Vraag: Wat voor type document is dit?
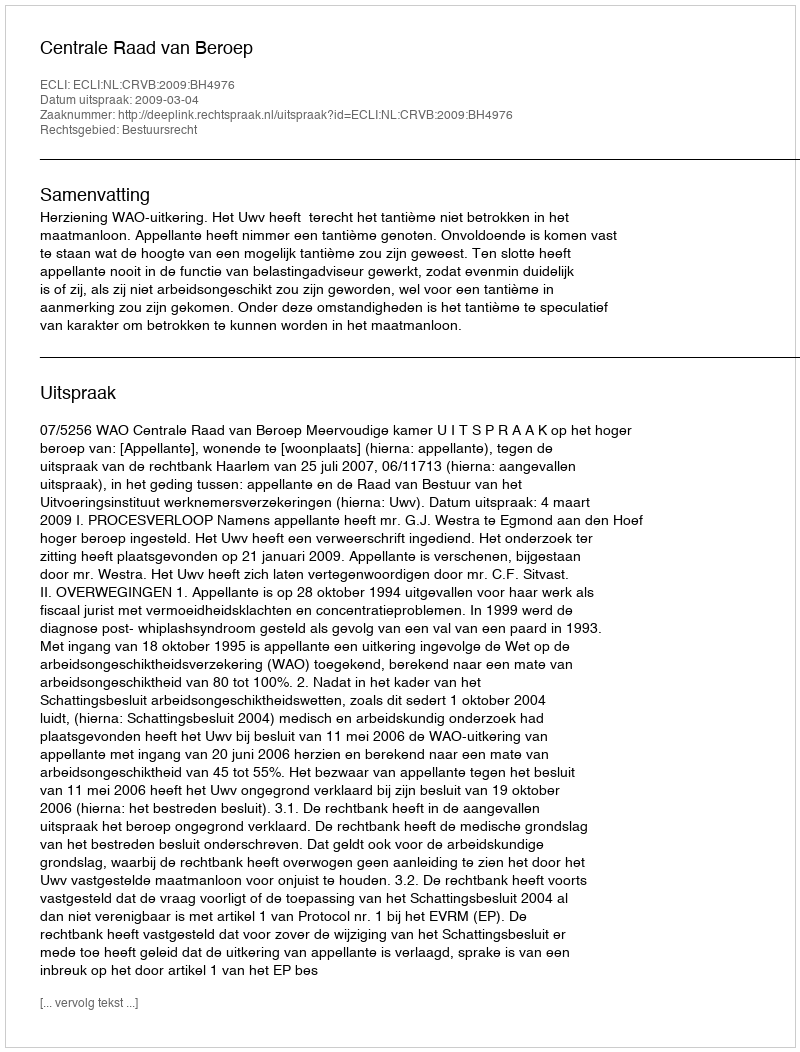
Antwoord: Uitspraak